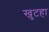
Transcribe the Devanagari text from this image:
खुटहा